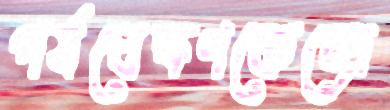
পর্যবেক্ষণকেন্দ্রে